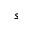
s